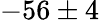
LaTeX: -56\pm 4